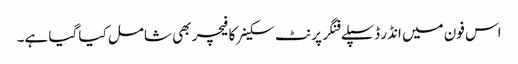
اس فون میں انڈر ڈسپلے فنگر پرنٹ سکینر کا فیچر بھی شامل کیا گیا ہے۔